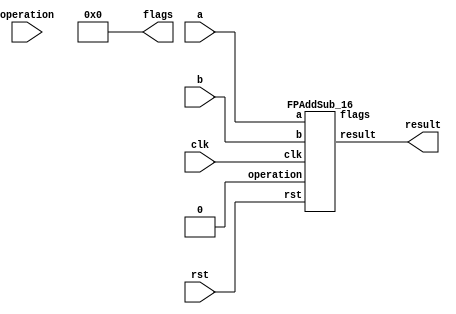
`define DEFINES_DONE
`define EXPONENT 5
`define MANTISSA 10
`define SIGN 1
`define DATAWIDTH (`SIGN+`EXPONENT+`MANTISSA)
`define IEEE_COMPLIANCE 1
`define NUM 8
`define ADDRSIZE 7
`define ADDRSIZE_FOR_TB 10
`define EXPONENT 5
`define MANTISSA 10
`define ACTUAL_MANTISSA 11
`define EXPONENT_LSB 10
`define EXPONENT_MSB 14
`define MANTISSA_LSB 0
`define MANTISSA_MSB 9
`define MANTISSA_MUL_SPLIT_LSB 3
`define MANTISSA_MUL_SPLIT_MSB 9
`define SIGN 1
`define SIGN_LOC 15
`define DWIDTH (`SIGN+`EXPONENT+`MANTISSA)
`define IEEE_COMPLIANCE 1
`define EXPONENT 5
`define MANTISSA 10
`define ACTUAL_MANTISSA 11
`define EXPONENT_LSB 10
`define EXPONENT_MSB 14
`define MANTISSA_LSB 0
`define MANTISSA_MSB 9
`define MANTISSA_MUL_SPLIT_LSB 3
`define MANTISSA_MUL_SPLIT_MSB 9
`define SIGN 1
`define SIGN_LOC 15
`define DWIDTH (`SIGN+`EXPONENT+`MANTISSA)
`define IEEE_COMPLIANCE 1
`define EXPONENT 5
`define MANTISSA 10
`define ACTUAL_MANTISSA 11
`define EXPONENT_LSB 10
`define EXPONENT_MSB 14
`define MANTISSA_LSB 0
`define MANTISSA_MSB 9
`define MANTISSA_MUL_SPLIT_LSB 3
`define MANTISSA_MUL_SPLIT_MSB 9
`define SIGN 1
`define SIGN_LOC 15
`define DWIDTH (`SIGN+`EXPONENT+`MANTISSA)
`define IEEE_COMPLIANCE 1

module FPAddSub(
		clk,
		rst,
		a,
		b,
		operation,			// 0 add, 1 sub
		result,
		flags
	);
	
	// Clock and reset
	input clk ;										// Clock signal
	input rst ;										// Reset (active high, resets pipeline registers)
	
	// Input ports
	input [`DWIDTH-1:0] a ;								// Input A, a 32-bit floating point number
	input [`DWIDTH-1:0] b ;								// Input B, a 32-bit floating point number
	input operation ;								// Operation select signal
	
	// Output ports
	output [`DWIDTH-1:0] result ;						// Result of the operation
	output [4:0] flags ;							// Flags indicating exceptions according to IEEE754
	
	assign flags = 5'b0;
	
`ifdef complex_dsp
adder_fp_clk u_add(.clk(clk), .a(a), .b(b),.out(result));
`else
FPAddSub_16 u_FPAddSub (.clk(clk), .rst(rst), .a(a), .b(b), .operation(1'b0), .result(result), .flags());
`endif
endmodule
module FPAddSub_16(
		//bf16,
		clk,
		rst,
		a,
		b,
		operation,			// 0 add, 1 sub
		result,
		flags
	);
	//input bf16; //1 for Bfloat16, 0 for IEEE half precision

	// Clock and reset
	input clk ;										// Clock signal
	input rst ;										// Reset (active high, resets pipeline registers)
	
	// Input ports
	input [`DWIDTH-1:0] a ;								// Input A, a 32-bit floating point number
	input [`DWIDTH-1:0] b ;								// Input B, a 32-bit floating point number
	input operation ;								// Operation select signal
	
	// Output ports
	output [`DWIDTH-1:0] result ;						// Result of the operation
	output [4:0] flags ;							// Flags indicating exceptions according to IEEE754
	
	// Pipeline Registers
	//reg [79:0] pipe_1;							// Pipeline register PreAlign->Align1
	reg [2*`EXPONENT + 2*`DWIDTH + 5:0] pipe_1;							// Pipeline register PreAlign->Align1

	//reg [67:0] pipe_2;							// Pipeline register Align1->Align3
	//reg [2*`EXPONENT+ 2*`MANTISSA + 8:0] pipe_2;							// Pipeline register Align1->Align3
	wire [2*`EXPONENT+ 2*`MANTISSA + 8:0] pipe_2;

	//reg [76:0] pipe_3;	68						// Pipeline register Align1->Align3
	reg [2*`EXPONENT+ 2*`MANTISSA + 9:0] pipe_3;							// Pipeline register Align1->Align3

	//reg [69:0] pipe_4;							// Pipeline register Align3->Execute
	//reg [2*`EXPONENT+ 2*`MANTISSA + 9:0] pipe_4;							// Pipeline register Align3->Execute
	wire [2*`EXPONENT+ 2*`MANTISSA + 9:0] pipe_4;
	
	//reg [51:0] pipe_5;							// Pipeline register Execute->Normalize
	reg [`DWIDTH+`EXPONENT+11:0] pipe_5;							// Pipeline register Execute->Normalize

	//reg [56:0] pipe_6;							// Pipeline register Nomalize->NormalizeShift1
	//reg [`DWIDTH+`EXPONENT+16:0] pipe_6;							// Pipeline register Nomalize->NormalizeShift1
	wire [`DWIDTH+`EXPONENT+16:0] pipe_6;

	//reg [56:0] pipe_7;							// Pipeline register NormalizeShift2->NormalizeShift3
	//reg [`DWIDTH+`EXPONENT+16:0] pipe_7;							// Pipeline register NormalizeShift2->NormalizeShift3
	wire [`DWIDTH+`EXPONENT+16:0] pipe_7;
	//reg [54:0] pipe_8;							// Pipeline register NormalizeShift3->Round
	reg [`EXPONENT*2+`MANTISSA+15:0] pipe_8;							// Pipeline register NormalizeShift3->Round

	//reg [40:0] pipe_9;							// Pipeline register NormalizeShift3->Round
	//reg [`DWIDTH+8:0] pipe_9;							// Pipeline register NormalizeShift3->Round
	wire [`DWIDTH+8:0] pipe_9;

	// Internal wires between modules
	wire [`DWIDTH-2:0] Aout_0 ;							// A - sign
	wire [`DWIDTH-2:0] Bout_0 ;							// B - sign
	wire Opout_0 ;									// A's sign
	wire Sa_0 ;										// A's sign
	wire Sb_0 ;										// B's sign
	wire MaxAB_1 ;									// Indicates the larger of A and B(0/A, 1/B)
	wire [`EXPONENT-1:0] CExp_1 ;							// Common Exponent
	wire [`EXPONENT-1:0] Shift_1 ;							// Number of steps to smaller mantissa shift right (align)
	wire [`MANTISSA-1:0] Mmax_1 ;							// Larger mantissa
	wire [4:0] InputExc_0 ;						// Input numbers are exceptions
	wire [2*`EXPONENT-1:0] ShiftDet_0 ;
	wire [`MANTISSA-1:0] MminS_1 ;						// Smaller mantissa after 0/16 shift
	wire [`MANTISSA:0] MminS_2 ;						// Smaller mantissa after 0/4/8/12 shift
	wire [`MANTISSA:0] Mmin_3 ;							// Smaller mantissa after 0/1/2/3 shift
	wire [`DWIDTH:0] Sum_4 ;
	wire PSgn_4 ;
	wire Opr_4 ;
	wire [`EXPONENT-1:0] Shift_5 ;							// Number of steps to shift sum left (normalize)
	wire [`DWIDTH:0] SumS_5 ;							// Sum after 0/16 shift
	wire [`DWIDTH:0] SumS_6 ;							// Sum after 0/16 shift
	wire [`DWIDTH:0] SumS_7 ;							// Sum after 0/16 shift
	wire [`MANTISSA-1:0] NormM_8 ;						// Normalized mantissa
	wire [`EXPONENT:0] NormE_8;							// Adjusted exponent
	wire ZeroSum_8 ;								// Zero flag
	wire NegE_8 ;									// Flag indicating negative exponent
	wire R_8 ;										// Round bit
	wire S_8 ;										// Final sticky bit
	wire FG_8 ;										// Final sticky bit
	wire [`DWIDTH-1:0] P_int ;
	wire EOF ;
	
	// Prepare the operands for alignment and check for exceptions
	FPAddSub_PrealignModule PrealignModule
	(	// Inputs
		a, b, operation,
		// Outputs
		Sa_0, Sb_0, ShiftDet_0[2*`EXPONENT-1:0], InputExc_0[4:0], Aout_0[`DWIDTH-2:0], Bout_0[`DWIDTH-2:0], Opout_0) ;
		
	// Prepare the operands for alignment and check for exceptions
	FPAddSub_AlignModule AlignModule
	(	// Inputs
		pipe_1[2*`EXPONENT + 2*`DWIDTH + 4: 2*`EXPONENT +`DWIDTH + 6], pipe_1[2*`EXPONENT +`DWIDTH + 5 :  2*`EXPONENT +7], pipe_1[2*`EXPONENT+4:5],
		// Outputs
		CExp_1[`EXPONENT-1:0], MaxAB_1, Shift_1[`EXPONENT-1:0], MminS_1[`MANTISSA-1:0], Mmax_1[`MANTISSA-1:0]) ;	

	// Alignment Shift Stage 1
	FPAddSub_AlignShift1 AlignShift1
	(  // Inputs
		//bf16, 
		pipe_2[`MANTISSA-1:0], pipe_2[`EXPONENT+ 2*`MANTISSA + 4 : 2*`MANTISSA + 7],
		// Outputs
		MminS_2[`MANTISSA:0]) ;

	// Alignment Shift Stage 3 and compution of guard and sticky bits
	FPAddSub_AlignShift2 AlignShift2  
	(  // Inputs
		pipe_3[`MANTISSA:0], pipe_3[2*`MANTISSA+7:2*`MANTISSA+6],
		// Outputs
		Mmin_3[`MANTISSA:0]) ;
						
	// Perform mantissa addition
	FPAddSub_ExecutionModule ExecutionModule
	(  // Inputs
		pipe_4[`MANTISSA*2+5:`MANTISSA+6], pipe_4[`MANTISSA:0], pipe_4[2*`EXPONENT+ 2*`MANTISSA + 8], pipe_4[2*`EXPONENT+ 2*`MANTISSA + 7], pipe_4[2*`EXPONENT+ 2*`MANTISSA + 6], pipe_4[2*`EXPONENT+ 2*`MANTISSA + 9],
		// Outputs
		Sum_4[`DWIDTH:0], PSgn_4, Opr_4) ;
	
	// Prepare normalization of result
	FPAddSub_NormalizeModule NormalizeModule
	(  // Inputs
		pipe_5[`DWIDTH:0], 
		// Outputs
		SumS_5[`DWIDTH:0], Shift_5[4:0]) ;
					
	// Normalization Shift Stage 1
	FPAddSub_NormalizeShift1 NormalizeShift1
	(  // Inputs
		pipe_6[`DWIDTH:0], pipe_6[`DWIDTH+`EXPONENT+14:`DWIDTH+`EXPONENT+11],
		// Outputs
		SumS_7[`DWIDTH:0]) ;
		
	// Normalization Shift Stage 3 and final guard, sticky and round bits
	FPAddSub_NormalizeShift2 NormalizeShift2
	(  // Inputs
		pipe_7[`DWIDTH:0], pipe_7[`DWIDTH+`EXPONENT+5:`DWIDTH+6], pipe_7[`DWIDTH+`EXPONENT+15:`DWIDTH+`EXPONENT+11],
		// Outputs
		NormM_8[`MANTISSA-1:0], NormE_8[`EXPONENT:0], ZeroSum_8, NegE_8, R_8, S_8, FG_8) ;

	// Round and put result together
	FPAddSub_RoundModule RoundModule
	(  // Inputs
		 pipe_8[3], pipe_8[4+`EXPONENT:4], pipe_8[`EXPONENT+`MANTISSA+4:5+`EXPONENT], pipe_8[1], pipe_8[0], pipe_8[`EXPONENT*2+`MANTISSA+15], pipe_8[`EXPONENT*2+`MANTISSA+12], pipe_8[`EXPONENT*2+`MANTISSA+11], pipe_8[`EXPONENT*2+`MANTISSA+14], pipe_8[`EXPONENT*2+`MANTISSA+10], 
		// Outputs
		P_int[`DWIDTH-1:0], EOF) ;
	
	// Check for exceptions
	FPAddSub_ExceptionModule Exceptionmodule
	(  // Inputs
		pipe_9[8+`DWIDTH:9], pipe_9[8], pipe_9[7], pipe_9[6], pipe_9[5:1], pipe_9[0], 
		// Outputs
		result[`DWIDTH-1:0], flags[4:0]) ;			
	

assign pipe_2 = {pipe_1[2*`EXPONENT + 2*`DWIDTH + 5], pipe_1[2*`EXPONENT +6:2*`EXPONENT +5], MaxAB_1, CExp_1[`EXPONENT-1:0], Shift_1[`EXPONENT-1:0], Mmax_1[`MANTISSA-1:0], pipe_1[4:0], MminS_1[`MANTISSA-1:0]} ;
assign pipe_4 = {pipe_3[2*`EXPONENT+ 2*`MANTISSA + 9:`MANTISSA+1], Mmin_3[`MANTISSA:0]} ;
assign pipe_6 = {pipe_5[`DWIDTH+`EXPONENT+11], Shift_5[4:0], pipe_5[`DWIDTH+`EXPONENT+10:`DWIDTH+1], SumS_5[`DWIDTH:0]} ;
assign pipe_7 = {pipe_6[`DWIDTH+`EXPONENT+16:`DWIDTH+1], SumS_7[`DWIDTH:0]} ;
assign pipe_9 = {P_int[`DWIDTH-1:0], pipe_8[2], pipe_8[1], pipe_8[0], pipe_8[`EXPONENT+`MANTISSA+9:`EXPONENT+`MANTISSA+5], EOF} ;

	always @ (posedge clk) begin	
		if(rst) begin
			pipe_1 <= 0;
			//pipe_2 <= 0;
			pipe_3 <= 0;
			//pipe_4 <= 0;
			pipe_5 <= 0;
			//pipe_6 <= 0;
			//pipe_7 <= 0;
			pipe_8 <= 0;
			//pipe_9 <= 0;
		end 
		else begin
/* PIPE_1:
	[2*`EXPONENT + 2*`DWIDTH + 5]  Opout_0
	[2*`EXPONENT + 2*`DWIDTH + 4: 2*`EXPONENT +`DWIDTH + 6] A_out0
	[2*`EXPONENT +`DWIDTH + 5 :  2*`EXPONENT +7] Bout_0
	[2*`EXPONENT +6] Sa_0
	[2*`EXPONENT +5] Sb_0
	[2*`EXPONENT +4 : 5] ShiftDet_0
	[4:0] Input Exc
*/
			pipe_1 <= {Opout_0, Aout_0[`DWIDTH-2:0], Bout_0[`DWIDTH-2:0], Sa_0, Sb_0, ShiftDet_0[2*`EXPONENT -1:0], InputExc_0[4:0]} ;	
/* PIPE_2
[2*`EXPONENT+ 2*`MANTISSA + 8] operation
[2*`EXPONENT+ 2*`MANTISSA + 7] Sa_0
[2*`EXPONENT+ 2*`MANTISSA + 6] Sb_0
[2*`EXPONENT+ 2*`MANTISSA + 5] MaxAB_0
[2*`EXPONENT+ 2*`MANTISSA + 4:`EXPONENT+ 2*`MANTISSA + 5] CExp_0
[`EXPONENT+ 2*`MANTISSA + 4 : 2*`MANTISSA + 5] Shift_0
[2*`MANTISSA + 4:`MANTISSA + 5] Mmax_0
[`MANTISSA + 4 : `MANTISSA] InputExc_0
[`MANTISSA-1:0] MminS_1
*/
			//pipe_2 <= {pipe_1[2*`EXPONENT + 2*`DWIDTH + 5], pipe_1[2*`EXPONENT +6:2*`EXPONENT +5], MaxAB_1, CExp_1[`EXPONENT-1:0], Shift_1[`EXPONENT-1:0], Mmax_1[`MANTISSA-1:0], pipe_1[4:0], MminS_1[`MANTISSA-1:0]} ;	
/* PIPE_3
[2*`EXPONENT+ 2*`MANTISSA + 9] operation
[2*`EXPONENT+ 2*`MANTISSA + 8] Sa_0
[2*`EXPONENT+ 2*`MANTISSA + 7] Sb_0
[2*`EXPONENT+ 2*`MANTISSA + 6] MaxAB_0
[2*`EXPONENT+ 2*`MANTISSA + 5:`EXPONENT+ 2*`MANTISSA + 6] CExp_0
[`EXPONENT+ 2*`MANTISSA + 5 : 2*`MANTISSA + 6] Shift_0
[2*`MANTISSA + 5:`MANTISSA + 6] Mmax_0
[`MANTISSA + 5 : `MANTISSA + 1] InputExc_0
[`MANTISSA:0] MminS_2
*/
			pipe_3 <= {pipe_2[2*`EXPONENT+ 2*`MANTISSA + 8:`MANTISSA], MminS_2[`MANTISSA:0]} ;	
/* PIPE_4
[2*`EXPONENT+ 2*`MANTISSA + 9] operation
[2*`EXPONENT+ 2*`MANTISSA + 8] Sa_0
[2*`EXPONENT+ 2*`MANTISSA + 7] Sb_0
[2*`EXPONENT+ 2*`MANTISSA + 6] MaxAB_0
[2*`EXPONENT+ 2*`MANTISSA + 5:`EXPONENT+ 2*`MANTISSA + 6] CExp_0
[`EXPONENT+ 2*`MANTISSA + 5 : 2*`MANTISSA + 6] Shift_0
[2*`MANTISSA + 5:`MANTISSA + 6] Mmax_0
[`MANTISSA + 5 : `MANTISSA + 1] InputExc_0
[`MANTISSA:0] MminS_3
*/				
			//pipe_4 <= {pipe_3[2*`EXPONENT+ 2*`MANTISSA + 9:`MANTISSA+1], Mmin_3[`MANTISSA:0]} ;	
/* PIPE_5 :
[`DWIDTH+ `EXPONENT + 11] operation
[`DWIDTH+ `EXPONENT + 10] PSgn_4
[`DWIDTH+ `EXPONENT + 9] Opr_4
[`DWIDTH+ `EXPONENT + 8] Sa_0
[`DWIDTH+ `EXPONENT + 7] Sb_0
[`DWIDTH+ `EXPONENT + 6] MaxAB_0
[`DWIDTH+ `EXPONENT + 5 :`DWIDTH+6] CExp_0
[`DWIDTH+5:`DWIDTH+1] InputExc_0
[`DWIDTH:0] Sum_4
*/					
			pipe_5 <= {pipe_4[2*`EXPONENT+ 2*`MANTISSA + 9], PSgn_4, Opr_4, pipe_4[2*`EXPONENT+ 2*`MANTISSA + 8:`EXPONENT+ 2*`MANTISSA + 6], pipe_4[`MANTISSA+5:`MANTISSA+1], Sum_4[`DWIDTH:0]} ;
/* PIPE_6 :
[`DWIDTH+ `EXPONENT + 16] operation
[`DWIDTH+ `EXPONENT + 15:`DWIDTH+ `EXPONENT + 11] Shift_5
[`DWIDTH+ `EXPONENT + 10] PSgn_4
[`DWIDTH+ `EXPONENT + 9] Opr_4
[`DWIDTH+ `EXPONENT + 8] Sa_0
[`DWIDTH+ `EXPONENT + 7] Sb_0
[`DWIDTH+ `EXPONENT + 6] MaxAB_0
[`DWIDTH+ `EXPONENT + 5 :`DWIDTH+6] CExp_0
[`DWIDTH+5:`DWIDTH+1] InputExc_0
[`DWIDTH:0] Sum_4
*/				
			//pipe_6 <= {pipe_5[`DWIDTH+`EXPONENT+11], Shift_5[4:0], pipe_5[`DWIDTH+`EXPONENT+10:`DWIDTH+1], SumS_5[`DWIDTH:0]} ;	
/* PIPE_7 :
[`DWIDTH+ `EXPONENT + 16] operation
[`DWIDTH+ `EXPONENT + 15:`DWIDTH+ `EXPONENT + 11] Shift_5
[`DWIDTH+ `EXPONENT + 10] PSgn_4
[`DWIDTH+ `EXPONENT + 9] Opr_4
[`DWIDTH+ `EXPONENT + 8] Sa_0
[`DWIDTH+ `EXPONENT + 7] Sb_0
[`DWIDTH+ `EXPONENT + 6] MaxAB_0
[`DWIDTH+ `EXPONENT + 5 :`DWIDTH+6] CExp_0
[`DWIDTH+5:`DWIDTH+1] InputExc_0
[`DWIDTH:0] Sum_4
*/						
			//pipe_7 <= {pipe_6[`DWIDTH+`EXPONENT+16:`DWIDTH+1], SumS_7[`DWIDTH:0]} ;	
/* PIPE_8:
[2*`EXPONENT + `MANTISSA + 15] FG_8 
[2*`EXPONENT + `MANTISSA + 14] operation
[2*`EXPONENT + `MANTISSA + 13] PSgn_4
[2*`EXPONENT + `MANTISSA + 12] Sa_0
[2*`EXPONENT + `MANTISSA + 11] Sb_0
[2*`EXPONENT + `MANTISSA + 10] MaxAB_0
[2*`EXPONENT + `MANTISSA + 9:`EXPONENT + `MANTISSA + 10] CExp_0
[`EXPONENT + `MANTISSA + 9:`EXPONENT + `MANTISSA + 5] InputExc_8
[`EXPONENT + `MANTISSA + 4 :`EXPONENT + 5] NormM_8 
[`EXPONENT + 4 :4] NormE_8
[3] ZeroSum_8
[2] NegE_8
[1] R_8
[0] S_8
*/				
			pipe_8 <= {FG_8, pipe_7[`DWIDTH+`EXPONENT+16], pipe_7[`DWIDTH+`EXPONENT+10], pipe_7[`DWIDTH+`EXPONENT+8:`DWIDTH+1], NormM_8[`MANTISSA-1:0], NormE_8[`EXPONENT:0], ZeroSum_8, NegE_8, R_8, S_8} ;	
/* pipe_9:
[`DWIDTH + 8 :9] P_int
[8] NegE_8
[7] R_8
[6] S_8
[5:1] InputExc_8
[0] EOF
*/				
			//pipe_9 <= {P_int[`DWIDTH-1:0], pipe_8[2], pipe_8[1], pipe_8[0], pipe_8[`EXPONENT+`MANTISSA+9:`EXPONENT+`MANTISSA+5], EOF} ;	
		end
	end		
	
endmodule
module FPAddSub_ExceptionModule(
		Z,
		NegE,
		R,
		S,
		InputExc,
		EOF,
		P,
		Flags
    );
	 
	// Input ports
	input [`DWIDTH-1:0] Z	;					// Final product
	input NegE ;						// Negative exponent?
	input R ;							// Round bit
	input S ;							// Sticky bit
	input [4:0] InputExc ;			// Exceptions in inputs A and B
	input EOF ;
	
	// Output ports
	output [`DWIDTH-1:0] P ;					// Final result
	output [4:0] Flags ;				// Exception flags
	
	// Internal signals
	wire Overflow ;					// Overflow flag
	wire Underflow ;					// Underflow flag
	wire DivideByZero ;				// Divide-by-Zero flag (always 0 in Add/Sub)
	wire Invalid ;						// Invalid inputs or result
	wire Inexact ;						// Result is inexact because of rounding
	
	// Exception flags
	
	// Result is too big to be represented
	assign Overflow = EOF | InputExc[1] | InputExc[0] ;
	
	// Result is too small to be represented
	assign Underflow = NegE & (R | S);
	
	// Infinite result computed exactly from finite operands
	assign DivideByZero = &(Z[`MANTISSA+`EXPONENT-1:`MANTISSA]) & ~|(Z[`MANTISSA+`EXPONENT-1:`MANTISSA]) & ~InputExc[1] & ~InputExc[0];
	
	// Invalid inputs or operation
	assign Invalid = |(InputExc[4:2]) ;
	
	// Inexact answer due to rounding, overflow or underflow
	assign Inexact = (R | S) | Overflow | Underflow;
	
	// Put pieces together to form final result
	assign P = Z ;
	
	// Collect exception flags	
	assign Flags = {Overflow, Underflow, DivideByZero, Invalid, Inexact} ; 	
	
endmodule
module FPAddSub_RoundModule(
		ZeroSum,
		NormE,
		NormM,
		R,
		S,
		G,
		Sa,
		Sb,
		Ctrl,
		MaxAB,
		Z,
		EOF
    );

	// Input ports
	input ZeroSum ;					// Sum is zero
	input [`EXPONENT:0] NormE ;				// Normalized exponent
	input [`MANTISSA-1:0] NormM ;				// Normalized mantissa
	input R ;							// Round bit
	input S ;							// Sticky bit
	input G ;
	input Sa ;							// A's sign bit
	input Sb ;							// B's sign bit
	input Ctrl ;						// Control bit (operation)
	input MaxAB ;
	
	// Output ports
	output [`DWIDTH-1:0] Z ;					// Final result
	output EOF ;
	
	// Internal signals
	wire [`MANTISSA:0] RoundUpM ;			// Rounded up sum with room for overflow
	wire [`MANTISSA-1:0] RoundM ;				// The final rounded sum
	wire [`EXPONENT:0] RoundE ;				// Rounded exponent (note extra bit due to poential overflow	)
	wire RoundUp ;						// Flag indicating that the sum should be rounded up
        wire FSgn;
	wire ExpAdd ;						// May have to add 1 to compensate for overflow 
	wire RoundOF ;						// Rounding overflow
	
	wire [`EXPONENT:0]temp_2;
	assign temp_2 = 0;
	// The cases where we need to round upwards (= adding one) in Round to nearest, tie to even
	assign RoundUp = (G & ((R | S) | NormM[0])) ;
	
	// Note that in the other cases (rounding down), the sum is already 'rounded'
	assign RoundUpM = (NormM + 1) ;								// The sum, rounded up by 1
	assign RoundM = (RoundUp ? RoundUpM[`MANTISSA-1:0] : NormM) ; 	// Compute final mantissa	
	assign RoundOF = RoundUp & RoundUpM[`MANTISSA] ; 				// Check for overflow when rounding up

	// Calculate post-rounding exponent
	assign ExpAdd = (RoundOF ? 1'b1 : 1'b0) ; 				// Add 1 to exponent to compensate for overflow
	assign RoundE = ZeroSum ? temp_2 : (NormE + ExpAdd) ; 							// Final exponent

	// If zero, need to determine sign according to rounding
	assign FSgn = (ZeroSum & (Sa ^ Sb)) | (ZeroSum ? (Sa & Sb & ~Ctrl) : ((~MaxAB & Sa) | ((Ctrl ^ Sb) & (MaxAB | Sa)))) ;

	// Assign final result
	assign Z = {FSgn, RoundE[`EXPONENT-1:0], RoundM[`MANTISSA-1:0]} ;
	
	// Indicate exponent overflow
	assign EOF = RoundE[`EXPONENT];
	
endmodule
module FPAddSub_NormalizeShift2(
		PSSum,
		CExp,
		Shift,
		NormM,
		NormE,
		ZeroSum,
		NegE,
		R,
		S,
		FG
	);
	
	// Input ports
	input [`DWIDTH:0] PSSum ;					// The Pre-Shift-Sum
	input [`EXPONENT-1:0] CExp ;
	input [4:0] Shift ;					// Amount to be shifted

	// Output ports
	output [`MANTISSA-1:0] NormM ;				// Normalized mantissa
	output [`EXPONENT:0] NormE ;					// Adjusted exponent
	output ZeroSum ;						// Zero flag
	output NegE ;							// Flag indicating negative exponent
	output R ;								// Round bit
	output S ;								// Final sticky bit
	output FG ;

	// Internal signals
	wire MSBShift ;						// Flag indicating that a second shift is needed
	wire [`EXPONENT:0] ExpOF ;					// MSB set in sum indicates overflow
	wire [`EXPONENT:0] ExpOK ;					// MSB not set, no adjustment
	
	// Calculate normalized exponent and mantissa, check for all-zero sum
	assign MSBShift = PSSum[`DWIDTH] ;		// Check MSB in unnormalized sum
	assign ZeroSum = ~|PSSum ;			// Check for all zero sum
	assign ExpOK = CExp - Shift ;		// Adjust exponent for new normalized mantissa
	assign NegE = ExpOK[`EXPONENT] ;			// Check for exponent overflow
	assign ExpOF = CExp - Shift + 1'b1 ;		// If MSB set, add one to exponent(x2)
	assign NormE = MSBShift ? ExpOF : ExpOK ;			// Check for exponent overflow
	assign NormM = PSSum[`DWIDTH-1:`EXPONENT+1] ;		// The new, normalized mantissa
	
	// Also need to compute sticky and round bits for the rounding stage
	assign FG = PSSum[`EXPONENT] ; 
	assign R = PSSum[`EXPONENT-1] ;
	assign S = |PSSum[`EXPONENT-2:0] ;
	
endmodule
module FPAddSub_NormalizeShift1(
		MminP,
		Shift,
		Mmin
	);
	
	// Input ports
	input [`DWIDTH:0] MminP ;						// Smaller mantissa after 16|12|8|4 shift
	input [3:0] Shift ;						// Shift amount
	
	// Output ports
	output [`DWIDTH:0] Mmin ;						// The smaller mantissa
	
	reg	  [`DWIDTH:0]		Lvl2;
	wire    [2*`DWIDTH+1:0]    Stage1;	
	reg	  [`DWIDTH:0]		Lvl3;
	wire    [2*`DWIDTH+1:0]    Stage2;	
	integer           i;               	// Loop variable
	
	assign Stage1 = {MminP, MminP};

	always @(*) begin    					// Rotate {0 | 4 | 8 | 12} bits
	  case (Shift[3:2])
			// Rotate by 0
			2'b00: Lvl2 <= Stage1[`DWIDTH:0];       		
			// Rotate by 4
			2'b01: begin for (i=33; i>=17; i=i-1) begin Lvl2[i-33] <= Stage1[i-4]; end Lvl2[3:0] <= 0; end
			// Rotate by 8
			2'b10: begin for (i=33; i>=17; i=i-1) begin Lvl2[i-33] <= Stage1[i-8]; end Lvl2[7:0] <= 0; end
			// Rotate by 12
			2'b11: begin for (i=33; i>=17; i=i-1) begin Lvl2[i-33] <= Stage1[i-12]; end Lvl2[11:0] <= 0; end
	  endcase
	end
	
	assign Stage2 = {Lvl2, Lvl2};

	always @(*) begin   				 		// Rotate {0 | 1 | 2 | 3} bits
	  case (Shift[1:0])
			// Rotate by 0
			2'b00:  Lvl3 <= Stage2[`DWIDTH:0];
			// Rotate by 1
			2'b01: begin for (i=33; i>=17; i=i-1) begin Lvl3[i-`DWIDTH-1] <= Stage2[i-1]; end Lvl3[0] <= 0; end 
			// Rotate by 2
			2'b10: begin for (i=33; i>=17; i=i-1) begin Lvl3[i-`DWIDTH-1] <= Stage2[i-2]; end Lvl3[1:0] <= 0; end
			// Rotate by 3
			2'b11: begin for (i=33; i>=17; i=i-1) begin Lvl3[i-`DWIDTH-1] <= Stage2[i-3]; end Lvl3[2:0] <= 0; end
	  endcase
	end
	
	// Assign outputs
	assign Mmin = Lvl3;						// Take out smaller mantissa			
	
endmodule
module FPAddSub_NormalizeModule(
		Sum,
		Mmin,
		Shift
    );

	// Input ports
	input [`DWIDTH:0] Sum ;					// Mantissa sum including hidden 1 and GRS
	
	// Output ports
	output [`DWIDTH:0] Mmin ;					// Mantissa after 16|0 shift
	output [4:0] Shift ;					// Shift amount
	//Changes in this doesn't matter since even Bfloat16 can't go beyond 7 shift to the mantissa (only 3 bits valid here)  
	// Determine normalization shift amount by finding leading nought
	assign Shift =  ( 
		Sum[16] ? 5'b00000 :	 
		Sum[15] ? 5'b00001 : 
		Sum[14] ? 5'b00010 : 
		Sum[13] ? 5'b00011 : 
		Sum[12] ? 5'b00100 : 
		Sum[11] ? 5'b00101 : 
		Sum[10] ? 5'b00110 : 
		Sum[9] ? 5'b00111 :
		Sum[8] ? 5'b01000 :
		Sum[7] ? 5'b01001 :
		Sum[6] ? 5'b01010 :
		Sum[5] ? 5'b01011 :
		Sum[4] ? 5'b01100 : 5'b01101
	//	Sum[19] ? 5'b01101 :
	//	Sum[18] ? 5'b01110 :
	//	Sum[17] ? 5'b01111 :
	//	Sum[16] ? 5'b10000 :
	//	Sum[15] ? 5'b10001 :
	//	Sum[14] ? 5'b10010 :
	//	Sum[13] ? 5'b10011 :
	//	Sum[12] ? 5'b10100 :
	//	Sum[11] ? 5'b10101 :
	//	Sum[10] ? 5'b10110 :
	//	Sum[9] ? 5'b10111 :
	//	Sum[8] ? 5'b11000 :
	//	Sum[7] ? 5'b11001 : 5'b11010
	);
	
	reg	  [`DWIDTH:0]		Lvl1;
	
	always @(*) begin
		// Rotate by 16?
		Lvl1 <= Shift[4] ? {Sum[8:0], 8'b00000000} : Sum; 
	end
	
	// Assign outputs
	assign Mmin = Lvl1;						// Take out smaller mantissa

endmodule
module FPAddSub_ExecutionModule(
		Mmax,
		Mmin,
		Sa,
		Sb,
		MaxAB,
		OpMode,
		Sum,
		PSgn,
		Opr
    );

	// Input ports
	input [`MANTISSA-1:0] Mmax ;					// The larger mantissa
	input [`MANTISSA:0] Mmin ;					// The smaller mantissa
	input Sa ;								// Sign bit of larger number
	input Sb ;								// Sign bit of smaller number
	input MaxAB ;							// Indicates the larger number (0/A, 1/B)
	input OpMode ;							// Operation to be performed (0/Add, 1/Sub)
	
	// Output ports
	output [`DWIDTH:0] Sum ;					// The result of the operation
	output PSgn ;							// The sign for the result
	output Opr ;							// The effective (performed) operation

	wire [`EXPONENT-1:0]temp_1;

	assign Opr = (OpMode^Sa^Sb); 		// Resolve sign to determine operation
	assign temp_1 = 0;
	// Perform effective operation
//SAMIDH_UNSURE 5--> 8

	assign Sum = (OpMode^Sa^Sb) ? ({1'b1, Mmax, temp_1} - {Mmin, temp_1}) : ({1'b1, Mmax, temp_1} + {Mmin, temp_1}) ;
	
	// Assign result sign
	assign PSgn = (MaxAB ? Sb : Sa) ;

endmodule
module FPAddSub_AlignShift2(
		MminP,
		Shift,
		Mmin
	);
	
	// Input ports
	input [`MANTISSA:0] MminP ;						// Smaller mantissa after 16|12|8|4 shift
	input [1:0] Shift ;						// Shift amount. Last 2 bits
	
	// Output ports
	output [`MANTISSA:0] Mmin ;						// The smaller mantissa
	
	// Internal Signal
	reg	  [`MANTISSA:0]		Lvl3;
	wire    [2*`MANTISSA+1:0]    Stage2;	
	integer           j;               // Loop variable
	
	assign Stage2 = {11'b0, MminP};

	always @(*) begin    // Rotate {0 | 1 | 2 | 3} bits
	  case (Shift[1:0])
			// Rotate by 0
			2'b00:  Lvl3 <= Stage2[`MANTISSA:0];   
			// Rotate by 1
			2'b01:  begin for (j=0; j<=`MANTISSA; j=j+1)  begin Lvl3[j] <= Stage2[j+1]; end Lvl3[`MANTISSA] <= 0; end 
			// Rotate by 2
			2'b10:  begin for (j=0; j<=`MANTISSA; j=j+1)  begin Lvl3[j] <= Stage2[j+2]; end Lvl3[`MANTISSA:`MANTISSA-1] <= 0; end 
			// Rotate by 3
			2'b11:  begin for (j=0; j<=`MANTISSA; j=j+1)  begin Lvl3[j] <= Stage2[j+3]; end Lvl3[`MANTISSA:`MANTISSA-2] <= 0; end 	  
	  endcase
	end
	
	// Assign output
	assign Mmin = Lvl3;						// Take out smaller mantissa				

endmodule
module FPAddSub_AlignShift1(
		//bf16,
		MminP,
		Shift,
		Mmin
	);
	
	// Input ports
	//input bf16;
	input [`MANTISSA-1:0] MminP ;						// Smaller mantissa after 16|12|8|4 shift
	input [`EXPONENT-3:0] Shift ;						// Shift amount. Last 2 bits of shifting are done in next stage. Hence, we have [`EXPONENT - 2] bits
	
	// Output ports
	output [`MANTISSA:0] Mmin ;						// The smaller mantissa
	

	wire bf16;
	assign bf16 = 1'b1; //hardcoding to 1, to avoid ODIN issue. a `ifdef here wasn't working. apparently, nested `ifdefs don't work

	// Internal signals
	reg	  [`MANTISSA:0]		Lvl1;
	reg	  [`MANTISSA:0]		Lvl2;
	wire    [2*`MANTISSA+1:0]    Stage1;	
	integer           i;                // Loop variable

	wire [`MANTISSA:0] temp_0; 

assign temp_0 = 0;

	always @(*) begin
		if (bf16 == 1'b1) begin						
//hardcoding for bfloat16
	//For bfloat16, we can shift the mantissa by a max of 7 bits since mantissa has a width of 7. 
	//Hence if either, bit[3]/bit[4]/bit[5]/bit[6]/bit[7] is 1, we can make it 0. This corresponds to bits [5:1] in our updated shift which doesn't contain last 2 bits.
		//Lvl1 <= (Shift[1]|Shift[2]|Shift[3]|Shift[4]|Shift[5]) ? {temp_0} : {1'b1, MminP};  // MANTISSA + 1 width	
		Lvl1 <= (|Shift[`EXPONENT-3:1]) ? {temp_0} : {1'b1, MminP};  // MANTISSA + 1 width	
		end
		else begin
		//for half precision fp16, 10 bits can be shifted. Hence, only shifts till 10 (01010)can be made. 
		Lvl1 <= Shift[2] ? {temp_0} : {1'b1, MminP};
		end
	end
	
	assign Stage1 = { temp_0, Lvl1}; //2*MANTISSA + 2 width

	always @(*) begin    					// Rotate {0 | 4 } bits
	if(bf16 == 1'b1) begin
	  case (Shift[0])
			// Rotate by 0	
			1'b0:  Lvl2 <= Stage1[`MANTISSA:0];       			
			// Rotate by 4	
			1'b1:  begin for (i=0; i<=`MANTISSA; i=i+1) begin Lvl2[i] <= Stage1[i+4]; end Lvl2[`MANTISSA:`MANTISSA-3] <= 0; end
	  endcase
	end
	else begin
	  case (Shift[1:0])					// Rotate {0 | 4 | 8} bits
			// Rotate by 0	
			2'b00:  Lvl2 <= Stage1[`MANTISSA:0];       			
			// Rotate by 4	
			2'b01:  begin for (i=0; i<=`MANTISSA; i=i+1) begin Lvl2[i] <= Stage1[i+4]; end Lvl2[`MANTISSA:`MANTISSA-3] <= 0; end
			// Rotate by 8
			2'b10:  begin for (i=0; i<=`MANTISSA; i=i+1) begin Lvl2[i] <= Stage1[i+8]; end Lvl2[`MANTISSA:`MANTISSA-7] <= 0; end
			// Rotate by 12	
			2'b11: Lvl2[`MANTISSA: 0] <= 0; 
			//2'b11:  begin for (i=0; i<=`MANTISSA; i=i+1) begin Lvl2[i] <= Stage1[i+12]; end Lvl2[`MANTISSA:`MANTISSA-12] <= 0; end
	  endcase
	end
	end

	// Assign output to next shift stage
	assign Mmin = Lvl2;
	
endmodule
module FPAddSub_AlignModule (
		A,
		B,
		ShiftDet,
		CExp,
		MaxAB,
		Shift,
		Mmin,
		Mmax
	);
	
	// Input ports
	input [`DWIDTH-2:0] A ;								// Input A, a 32-bit floating point number
	input [`DWIDTH-2:0] B ;								// Input B, a 32-bit floating point number
	input [2*`EXPONENT-1:0] ShiftDet ;
	
	// Output ports
	output [`EXPONENT-1:0] CExp ;							// Common Exponent
	output MaxAB ;									// Incidates larger of A and B (0/A, 1/B)
	output [`EXPONENT-1:0] Shift ;							// Number of steps to smaller mantissa shift right
	output [`MANTISSA-1:0] Mmin ;							// Smaller mantissa 
	output [`MANTISSA-1:0] Mmax ;							// Larger mantissa
	
	// Internal signals
	//wire BOF ;										// Check for shifting overflow if B is larger
	//wire AOF ;										// Check for shifting overflow if A is larger
	
	assign MaxAB = (A[`DWIDTH-2:0] < B[`DWIDTH-2:0]) ;	
	//assign BOF = ShiftDet[9:5] < 25 ;		// Cannot shift more than 25 bits
	//assign AOF = ShiftDet[4:0] < 25 ;		// Cannot shift more than 25 bits
	
	// Determine final shift value
	//assign Shift = MaxAB ? (BOF ? ShiftDet[9:5] : 5'b11001) : (AOF ? ShiftDet[4:0] : 5'b11001) ;
	
	assign Shift = MaxAB ? ShiftDet[2*`EXPONENT-1:`EXPONENT] : ShiftDet[`EXPONENT-1:0] ;
	
	// Take out smaller mantissa and append shift space
	assign Mmin = MaxAB ? A[`MANTISSA-1:0] : B[`MANTISSA-1:0] ; 
	
	// Take out larger mantissa	
	assign Mmax = MaxAB ? B[`MANTISSA-1:0]: A[`MANTISSA-1:0] ;	
	
	// Common exponent
	assign CExp = (MaxAB ? B[`MANTISSA+`EXPONENT-1:`MANTISSA] : A[`MANTISSA+`EXPONENT-1:`MANTISSA]) ;		
	
endmodule
module FPAddSub_PrealignModule(
		A,
		B,
		operation,
		Sa,
		Sb,
		ShiftDet,
		InputExc,
		Aout,
		Bout,
		Opout
	);
	
	// Input ports
	input [`DWIDTH-1:0] A ;										// Input A, a 32-bit floating point number
	input [`DWIDTH-1:0] B ;										// Input B, a 32-bit floating point number
	input operation ;
	
	// Output ports
	output Sa ;												// A's sign
	output Sb ;												// B's sign
	output [2*`EXPONENT-1:0] ShiftDet ;
	output [4:0] InputExc ;								// Input numbers are exceptions
	output [`DWIDTH-2:0] Aout ;
	output [`DWIDTH-2:0] Bout ;
	output Opout ;
	
	// Internal signals									// If signal is high...
	wire ANaN ;												// A is a NaN (Not-a-Number)
	wire BNaN ;												// B is a NaN
	wire AInf ;												// A is infinity
	wire BInf ;												// B is infinity
	wire [`EXPONENT-1:0] DAB ;										// ExpA - ExpB					
	wire [`EXPONENT-1:0] DBA ;										// ExpB - ExpA	
	
	assign ANaN = &(A[`DWIDTH-2:`DWIDTH-1-`EXPONENT]) & |(A[`MANTISSA-1:0]) ;		// All one exponent and not all zero mantissa - NaN
	assign BNaN = &(B[`DWIDTH-2:`DWIDTH-1-`EXPONENT]) & |(B[`MANTISSA-1:0]);		// All one exponent and not all zero mantissa - NaN
	assign AInf = &(A[`DWIDTH-2:`DWIDTH-1-`EXPONENT]) & ~|(A[`MANTISSA-1:0]) ;	// All one exponent and all zero mantissa - Infinity
	assign BInf = &(B[`DWIDTH-2:`DWIDTH-1-`EXPONENT]) & ~|(B[`MANTISSA-1:0]) ;	// All one exponent and all zero mantissa - Infinity
	
	// Put all flags into exception vector
	assign InputExc = {(ANaN | BNaN | AInf | BInf), ANaN, BNaN, AInf, BInf} ;
	
	//assign DAB = (A[30:23] - B[30:23]) ;
	//assign DBA = (B[30:23] - A[30:23]) ;
	assign DAB = (A[`DWIDTH-2:`MANTISSA] + ~(B[`DWIDTH-2:`MANTISSA]) + 1) ;
	assign DBA = (B[`DWIDTH-2:`MANTISSA] + ~(A[`DWIDTH-2:`MANTISSA]) + 1) ;
	
	assign Sa = A[`DWIDTH-1] ;									// A's sign bit
	assign Sb = B[`DWIDTH-1] ;									// B's sign	bit
	assign ShiftDet = {DBA[`EXPONENT-1:0], DAB[`EXPONENT-1:0]} ;		// Shift data
	assign Opout = operation ;
	assign Aout = A[`DWIDTH-2:0] ;
	assign Bout = B[`DWIDTH-2:0] ;
	
endmodule